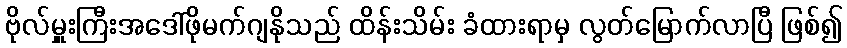
ဗိုလ်မှူးကြီးအဒေါ်ဖိုမက်ဂျနိုသည် ထိန်းသိမ်း ခံထားရာမှ လွတ်မြောက်လာပြီ ဖြစ်၍